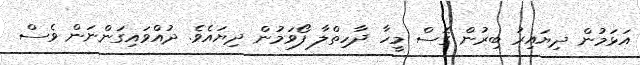
އަޅަމުން ދިޔައިރު ބިރުން ގޮސް މީހާ ދާހިތްލާ ފޯވަމުން ދިޔައެވެ. ދުއްވައިގަންނަން ވެސް